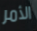
الأمر